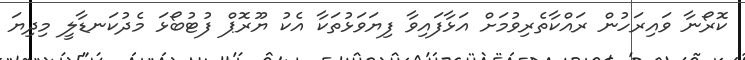
ކޮރޯނާ ވައިރަހުން ރައްކާތެރިވުމަށް އަޅާފައިވާ ފިޔަވަޅުތަކާ އެކު ޔޫރޮޕް ފުޓުބޯޅަ މެދުކަނޑާލީ މިދިޔަ